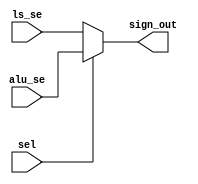
module sign_ext_mux(
	input wire [31:0] alu_se, ls_se,
	input wire sel,
	output reg [31:0] sign_out
    );
	 
	assign sign_out = sel ? alu_se : ls_se;

endmodule